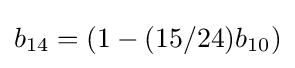
b_{14}=(1-(15/24)b_{10})